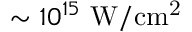
\sim 1 0 ^ { 1 5 } \ \mathrm { { W / c m ^ { 2 } } }